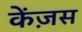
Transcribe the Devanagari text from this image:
केंज़स